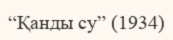
“Қанды су” (1934)